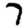
Digit: 7